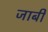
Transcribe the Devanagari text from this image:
जाबी